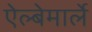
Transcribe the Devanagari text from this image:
ऐल्बेमार्ले